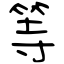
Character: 等